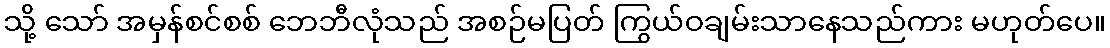
သို့ သော် အမှန်စင်စစ် ဘေဘီလုံသည် အစဉ်မပြတ် ကြွယ်ဝချမ်းသာနေသည်ကား မဟုတ်ပေ။